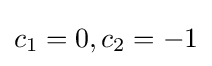
c_{1}=0,c_{2}=-1